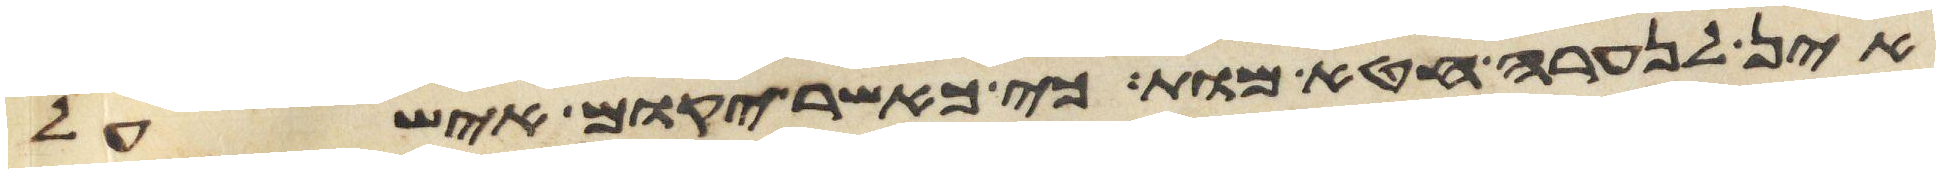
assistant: אין לנערה חטא מות כי כאשר יקום איש על